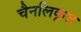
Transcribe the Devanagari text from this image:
चैनलिकृत